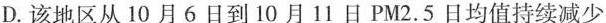
D.该地区从10月6日到10月11日PM2.5日均值持续减少